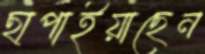
ছাপাইয়াছেন